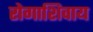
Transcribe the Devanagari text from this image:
रोगाशिवाय